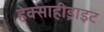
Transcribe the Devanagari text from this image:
हेक्साहीड्राइट